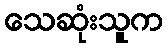
သေဆုံးသူက